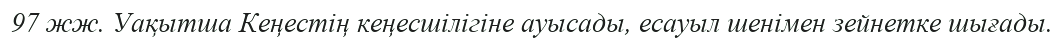
97 жж. Уақытша Кеңестің кеңесшілігіне ауысады, есауыл шенімен зейнетке шығады.